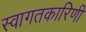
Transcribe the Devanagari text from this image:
स्वागतकारिणी